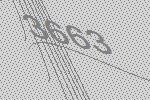
3663